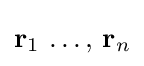
\textstyle \mathbf {r} _{1}\,\ldots ,\,\mathbf {r} _{n}